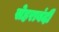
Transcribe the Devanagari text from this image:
सेहराबंदी